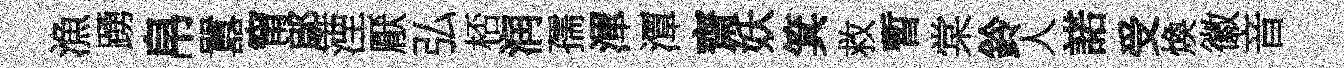
漁踴帛囂甯鄔湮厭弘桮润孺渾潭齋妖箕救暫棠鈴人諾受煥徽音